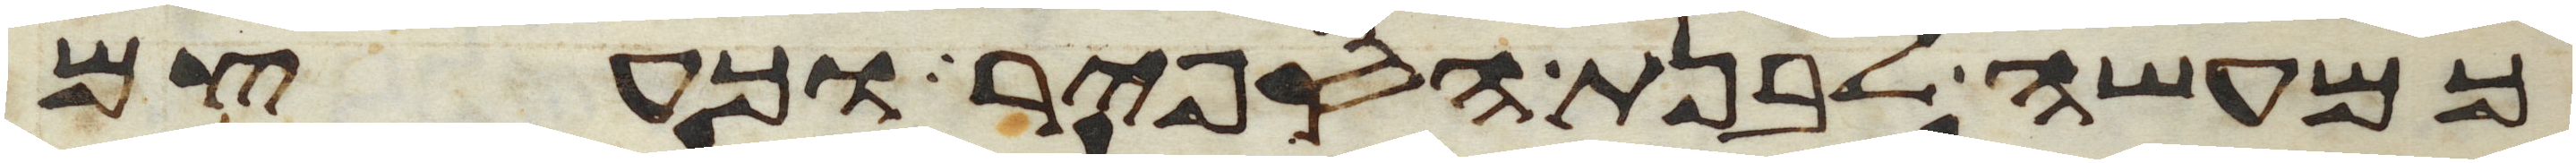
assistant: כמעשה לבנת הספיר וכעצם